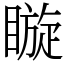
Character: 䁢